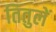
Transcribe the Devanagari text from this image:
तितुलें